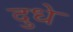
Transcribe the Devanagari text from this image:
दुधे